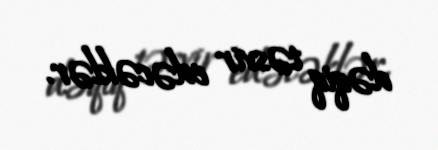
dəqiq təsvir edəcəklər.